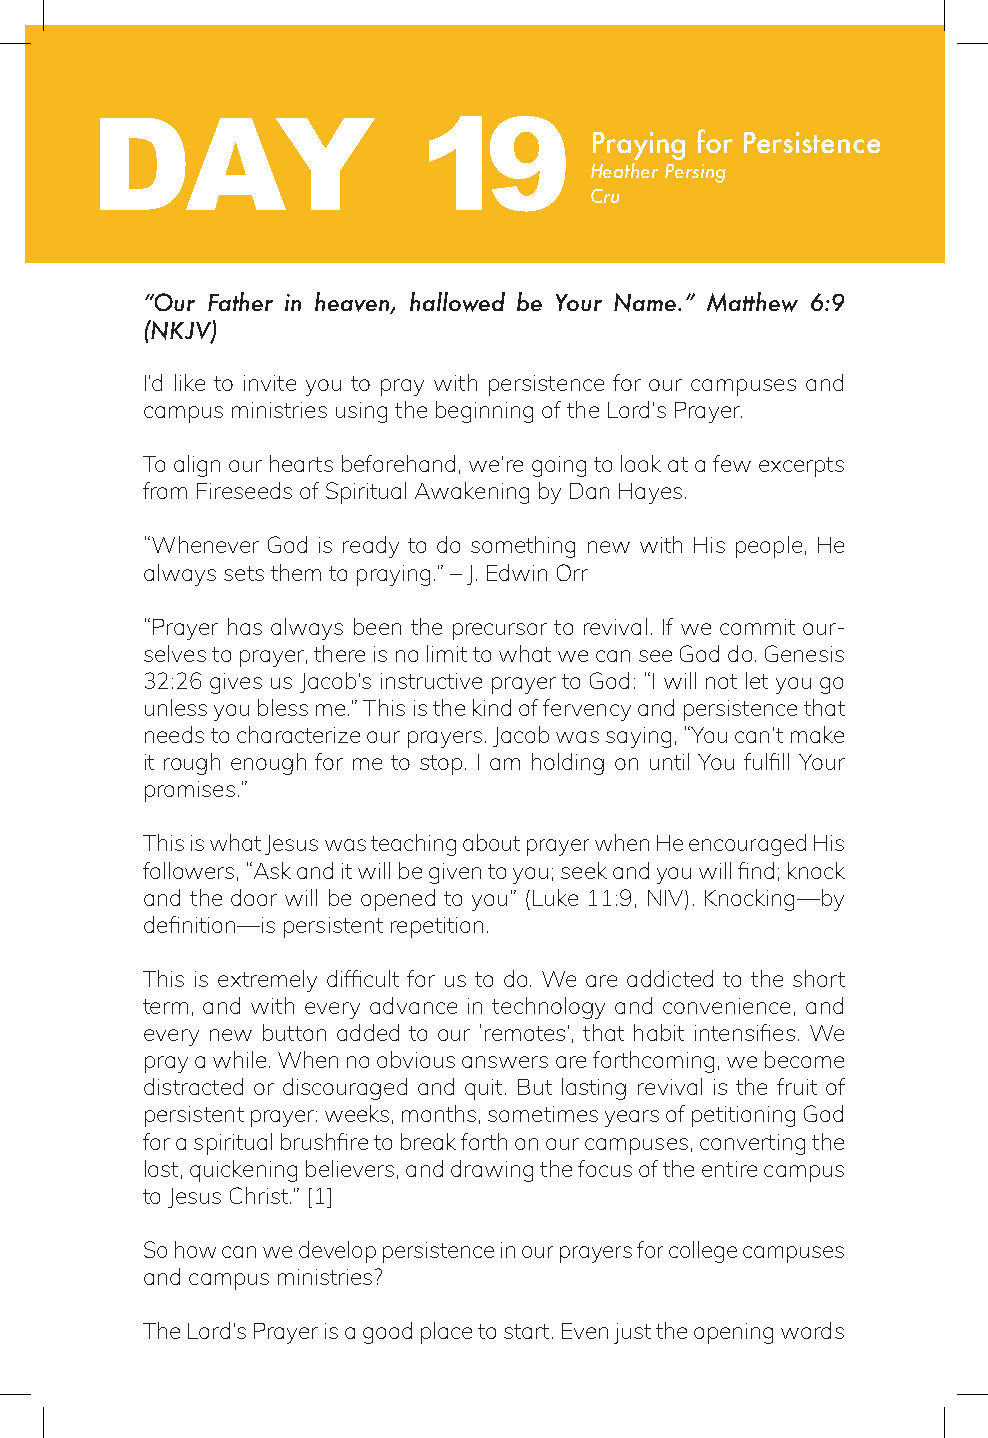
DAY                   19
 Praying for Persistence
 Heather Persing
 Cru
 “Our Father in heaven, hallowed be Your Name.” Matthew 6:9
 (NKJV)
 I’d like to invite you to pray with persistence for our campuses and
 campus ministries using the beginning of the Lord’s Prayer.
 To align our hearts beforehand, we’re going to look at a few excerpts
 from Fireseeds of Spiritual Awakening by Dan Hayes.
 “Whenever God is ready to do something new with His people, He
 always sets them to praying.” – J. Edwin Orr
 “Prayer has always been the precursor to revival. If we commit our-
 selves to prayer, there is no limit to what we can see God do. Genesis
 32:26 gives us Jacob’s instructive prayer to God: “I will not let you go
 unless you bless me.” This is the kind of fervency and persistence that
 needs to characterize our prayers. Jacob was saying, “You can’t make
 it rough enough for me to stop. I am holding on until You fulfill Your
 promises.”
 This is what Jesus was teaching about prayer when He encouraged His
 followers, “Ask and it will be given to you; seek and you will find; knock
 and the door will be opened to you” (Luke 11:9, NIV). Knocking—by
 definition—is persistent repetition.
 This is extremely difficult for us to do. We are addicted to the short
 term, and with every advance in technology and convenience, and
 every new button added to our ‘remotes’, that habit intensifies. We
 pray a while. When no obvious answers are forthcoming, we become
 distracted or discouraged and quit. But lasting revival is the fruit of
 persistent prayer: weeks, months, sometimes years of petitioning God
 for a spiritual brushfire to break forth on our campuses, converting the
 lost, quickening believers, and drawing the focus of the entire campus
 to Jesus Christ.” [1]
 So how can we develop persistence in our prayers for college campuses
 and campus ministries?
 The Lord’s Prayer is a good place to start. Even just the opening words